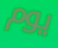
يوم